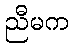
ညီမက